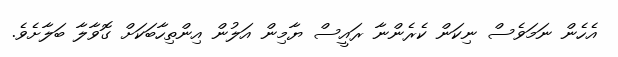
އެހެން ނަމަވެސް ނިކަން ކެރެންނާ ރައީސް ޔާމިން އަލުން އިންތިހާބަކަށް ގޮވާލާ ބަލާށެވެ.